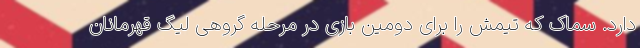
دارد. سماک که تیمش را برای دومین بازی در مرحله گروهی لیگ قهرمانان